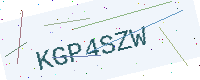
Text: KGP4SZW